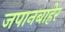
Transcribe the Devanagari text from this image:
जपानबाहेर